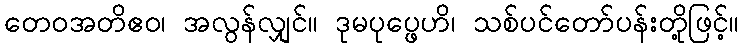
တေဝအတိဧဝ၊ အလွန်လျှင်။ ဒုမပုပ္ဖေဟိ၊ သစ်ပင်တော်ပန်းတို့ဖြင့်။